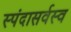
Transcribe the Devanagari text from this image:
स्पंदासर्वस्व